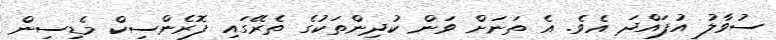
ސުވާލު އުފައްދަ އެވެ. އެ ތަނަށް ވަން ކުދިންތަކުގެ ތެރޭގައި ފޮރެންސިކް މެޑިސިން